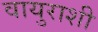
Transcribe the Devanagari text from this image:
वायुराशी